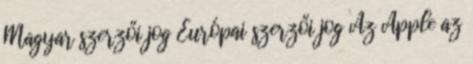
Magyar szerzői jog Európai szerzői jog Az Apple az